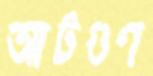
আটগুণ